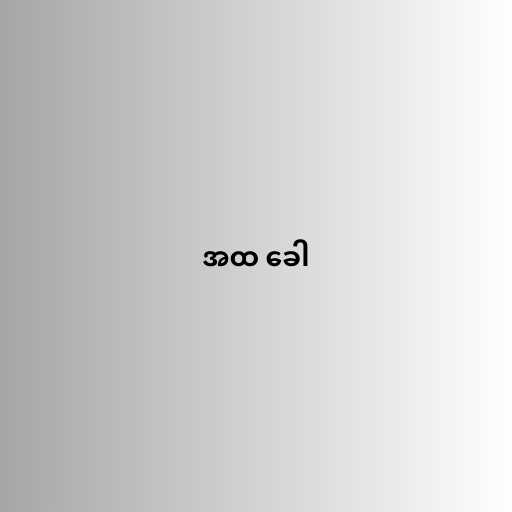
အထ ခေါ